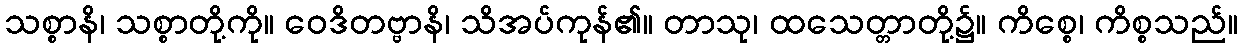
သစ္စာနိ၊ သစ္စာတို့ကို။ ဝေဒိတဗ္ဗာနိ၊ သိအပ်ကုန်၏။ တာသု၊ ထသေတ္တာတို့၌။ ကိစ္စေ၊ ကိစ္စသည်။